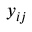
y _ { i j }